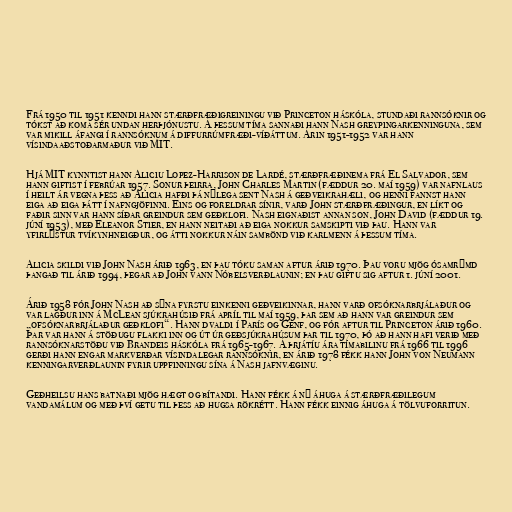
Frá 1950 til 1951 kenndi hann stærðfræðigreiningu við Princeton háskóla, stundaði rannsóknir og
tókst að koma sér undan herþjónustu. Á þessum tíma sannaði hann Nash greypingarkenninguna, sem
var mikill áfangi í rannsóknum á diffurrúmfræði-víðáttum. Árin 1951-1952 var hann
vísindaaðstoðarmaður við MIT.

Hjá MIT kynntist hann Aliciu Lopez-Harrison de Lardé, stærðfræðinema frá El Salvador, sem
hann giftist í febrúar 1957. Sonur þeirra, John Charles Martin (fæddur 20. maí 1959) var nafnlaus
í heilt ár vegna þess að Alicia hafði þá nýlega sent Nash á geðveikrahæli, og henni fannst hann
eiga að eiga þátt í nafngjöfinni. Eins og foreldrar sínir, varð John stærðfræðingur, en líkt og
faðir sinn var hann síðar greindur sem geðklofi. Nash eignaðist annan son, John David (fæddur 19.
júní 1953), með Eleanor Stier, en hann neitaði að eiga nokkur samskipti við þau. Hann var
yfirlýstur tvíkynhneigður, og átti nokkur náin sambönd við karlmenn á þessum tíma.

Alicia skildi við John Nash árið 1963, en þau tóku saman aftur árið 1970. Þau voru mjög ósamrýmd
þangað til árið 1994, þegar að John vann Nóbelsverðlaunin; en þau giftu sig aftur 1. júní 2001.

Árið 1958 fór John Nash að sýna fyrstu einkenni geðveikinnar, hann varð ofsóknarbrjálaður og
var lagður inn á McLean sjúkrahúsið frá apríl til maí 1959, þar sem að hann var greindur sem
„ofsóknarbrjálaður geðklofi“. Hann dvaldi í París og Genf, og fór aftur til Princeton árið 1960.
Þar var hann á stöðugu flakki inn og út úr geðsjúkrahúsum þar til 1970, þó að hann hafi verið með
rannsóknarstöðu við Brandeis háskóla frá 1965-1967. Á þrjátíu ára tímabilinu frá 1966 til 1996
gerði hann engar markverðar vísindalegar rannsóknir, en árið 1978 fékk hann John von Neumann
kenningarverðlaunin fyrir uppfinningu sína á Nash jafnvæginu.

Geðheilsu hans batnaði mjög hægt og bítandi. Hann fékk á ný áhuga á stærðfræðilegum
vandamálum og með því getu til þess að hugsa rökrétt. Hann fékk einnig áhuga á tölvuforritun.